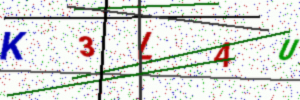
Text: K3L4U